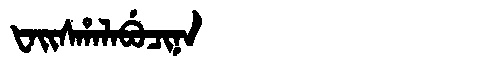
Manchu: ᡶᠠᡳᠰᡥᠠᠯᠠᠪᡠᠴᡳᠨᠠ
Romanization: FAISHALABUCINA